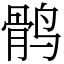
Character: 鹘